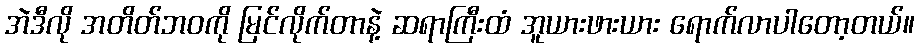
အဲဒီလို အတိတ်ဘဝကို မြင်လိုက်တာနဲ့ ဆရာကြီးထံ အူယားဖားယား ရောက်လာပါတော့တယ်။